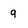
Character: g